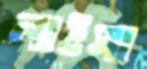
লাইসা